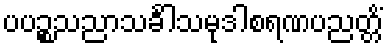
ပပဉ္စသညာသင်္ခါသမုဒါစရဏပညတ္တိံ